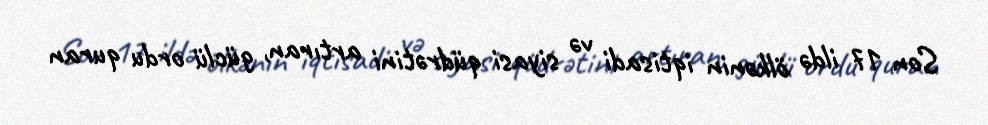
Son 17 ildə ölkənin iqtisadi və siyasi qüdrətini artıran, güclü ordu quran